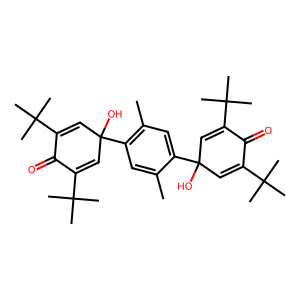
SMILES: Cc1cc(C2(O)C=C(C(C)(C)C)C(=O)C(C(C)(C)C)=C2)c(C)cc1C1(O)C=C(C(C)(C)C)C(=O)C(C(C)(C)C)=C1
Inhibits HIV replication: No